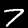
Label: 7